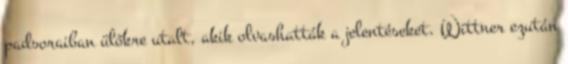
padsoraiban ülőkre utalt, akik olvashatták a jelentéseket. Wittner ezután